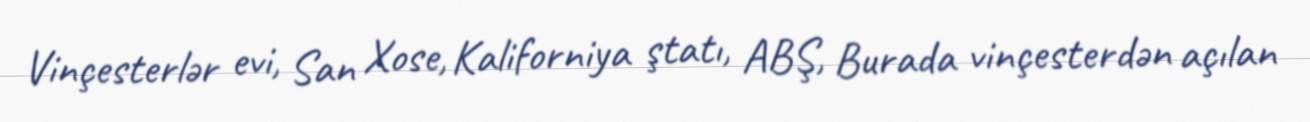
Vinçesterlər evi, San Xose, Kaliforniya ştatı, ABŞ, Burada vinçesterdən açılan